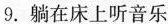
9.躺在床上听音乐